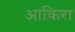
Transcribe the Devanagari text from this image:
आकिरा